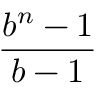
\frac { b ^ { n } - 1 } { b - 1 }